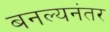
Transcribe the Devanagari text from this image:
बनल्यनंतर